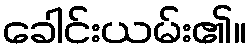
ခေါင်းယမ်း၏။